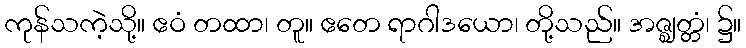
ကုန်သကဲ့သို့။ ဧဝံ တထာ၊ တူ။ ဧတေ ရာဂါဒယော၊ တို့သည်။ အဇ္ဈတ္တံ၊ ၌။